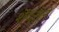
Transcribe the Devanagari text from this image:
शेंदराने